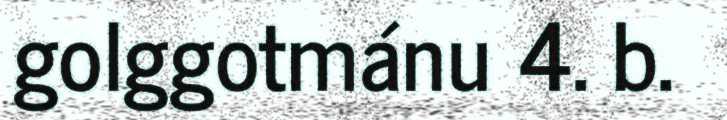
golggotmánu 4. b.